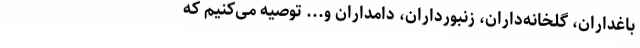
باغداران، گلخانه‌داران، زنبورداران، دامداران و... توصیه می‌کنیم که